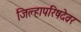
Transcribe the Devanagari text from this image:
जिल्हापरिषदेवर